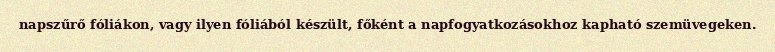
napszűrő fóliákon, vagy ilyen fóliából készült, főként a napfogyatkozásokhoz kapható szemüvegeken.